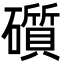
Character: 礩